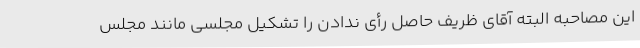
این مصاحبه البته آقای ظریف حاصل رأی ندادن را تشکیل مجلسی مانند مجلس